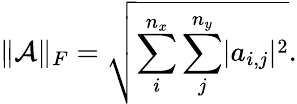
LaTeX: \| \mathcal{A}\| _{F}=\sqrt{\sum_{i}^{n_{x}}\sum_{j}^{n_{y}}\lvert a_{i,j}\rvert^{2}}.